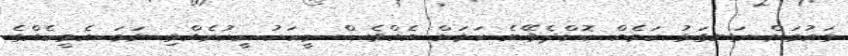
ގައުމަށް ރަނގަޅު ކަމެއް ކޮށްދެވޭނެ ކަމަށް އެއްވެސް މީހަކު ހީކުރެއްވި ނަމަ އެމީހެއްގެ